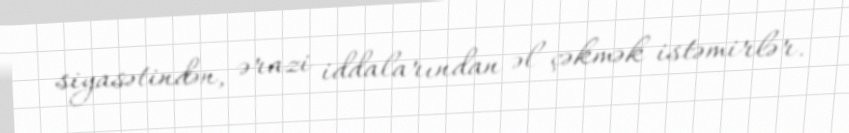
siyasətindən, ərazi iddalarından əl çəkmək istəmirlər.